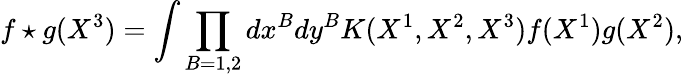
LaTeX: f\star g(X^{3})=\int\prod_{B=1,2}dx^{B}dy^{B}K(X^{1},X^{2},X^{3})f(X^{1})g(X^{2}),